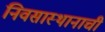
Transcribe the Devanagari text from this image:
निवसास्थानाची